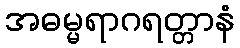
အဓမ္မရာဂရတ္တာနံ